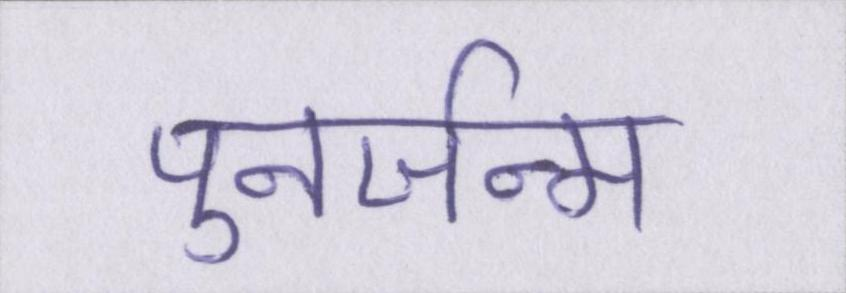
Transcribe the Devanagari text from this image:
पुनर्जन्म